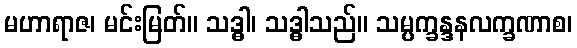
မဟာရာဇ၊ မင်းမြတ်။ သဒ္ဓါ၊ သဒ္ဓါသည်။ သမ္ပက္ခန္ဒနလက္ခဏာစ၊